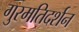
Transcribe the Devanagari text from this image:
गुरमतिदर्शन